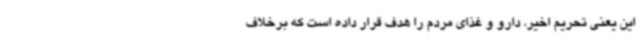
این یعنی تحریم اخیر، دارو و غذای مردم را هدف قرار داده است که برخلاف